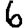
Digit: 6